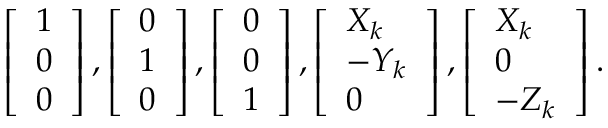
\begin{array} { r l } & { \left[ \begin{array} { l } { 1 } \\ { 0 } \\ { 0 } \end{array} \right] , \left[ \begin{array} { l } { 0 } \\ { 1 } \\ { 0 } \end{array} \right] , \left[ \begin{array} { l } { 0 } \\ { 0 } \\ { 1 } \end{array} \right] , \left[ \begin{array} { l } { X _ { k } } \\ { - Y _ { k } } \\ { 0 } \end{array} \right] , \left[ \begin{array} { l } { X _ { k } } \\ { 0 } \\ { - Z _ { k } } \end{array} \right] . } \end{array}